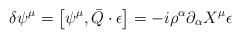
LaTeX: \begin{align*}\delta \psi^{\mu} = \left [ \psi^{\mu}, \bar{Q} \cdot \epsilon \right] = -i \rho^{\alpha} \partial_{\alpha} X^{\mu} \epsilon\end{align*}